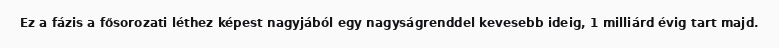
Ez a fázis a fősorozati léthez képest nagyjából egy nagyságrenddel kevesebb ideig, 1 milliárd évig tart majd.